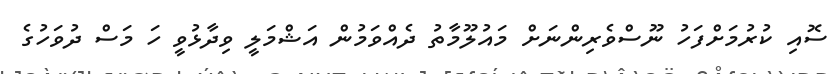
ސޮއި ކުރުމަށްފަހު ނޫސްވެރިންނަށް މައުލޫމާތު ދެއްވަމުން އަޝްމަލީ ވިދާޅުވީ ހަ މަސް ދުވަހުގެ